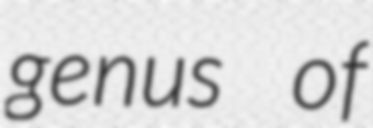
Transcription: genus of